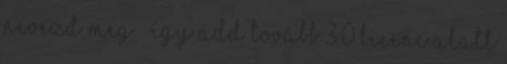
Nevezd meg – Így add tovább 3.0 licenc alatt